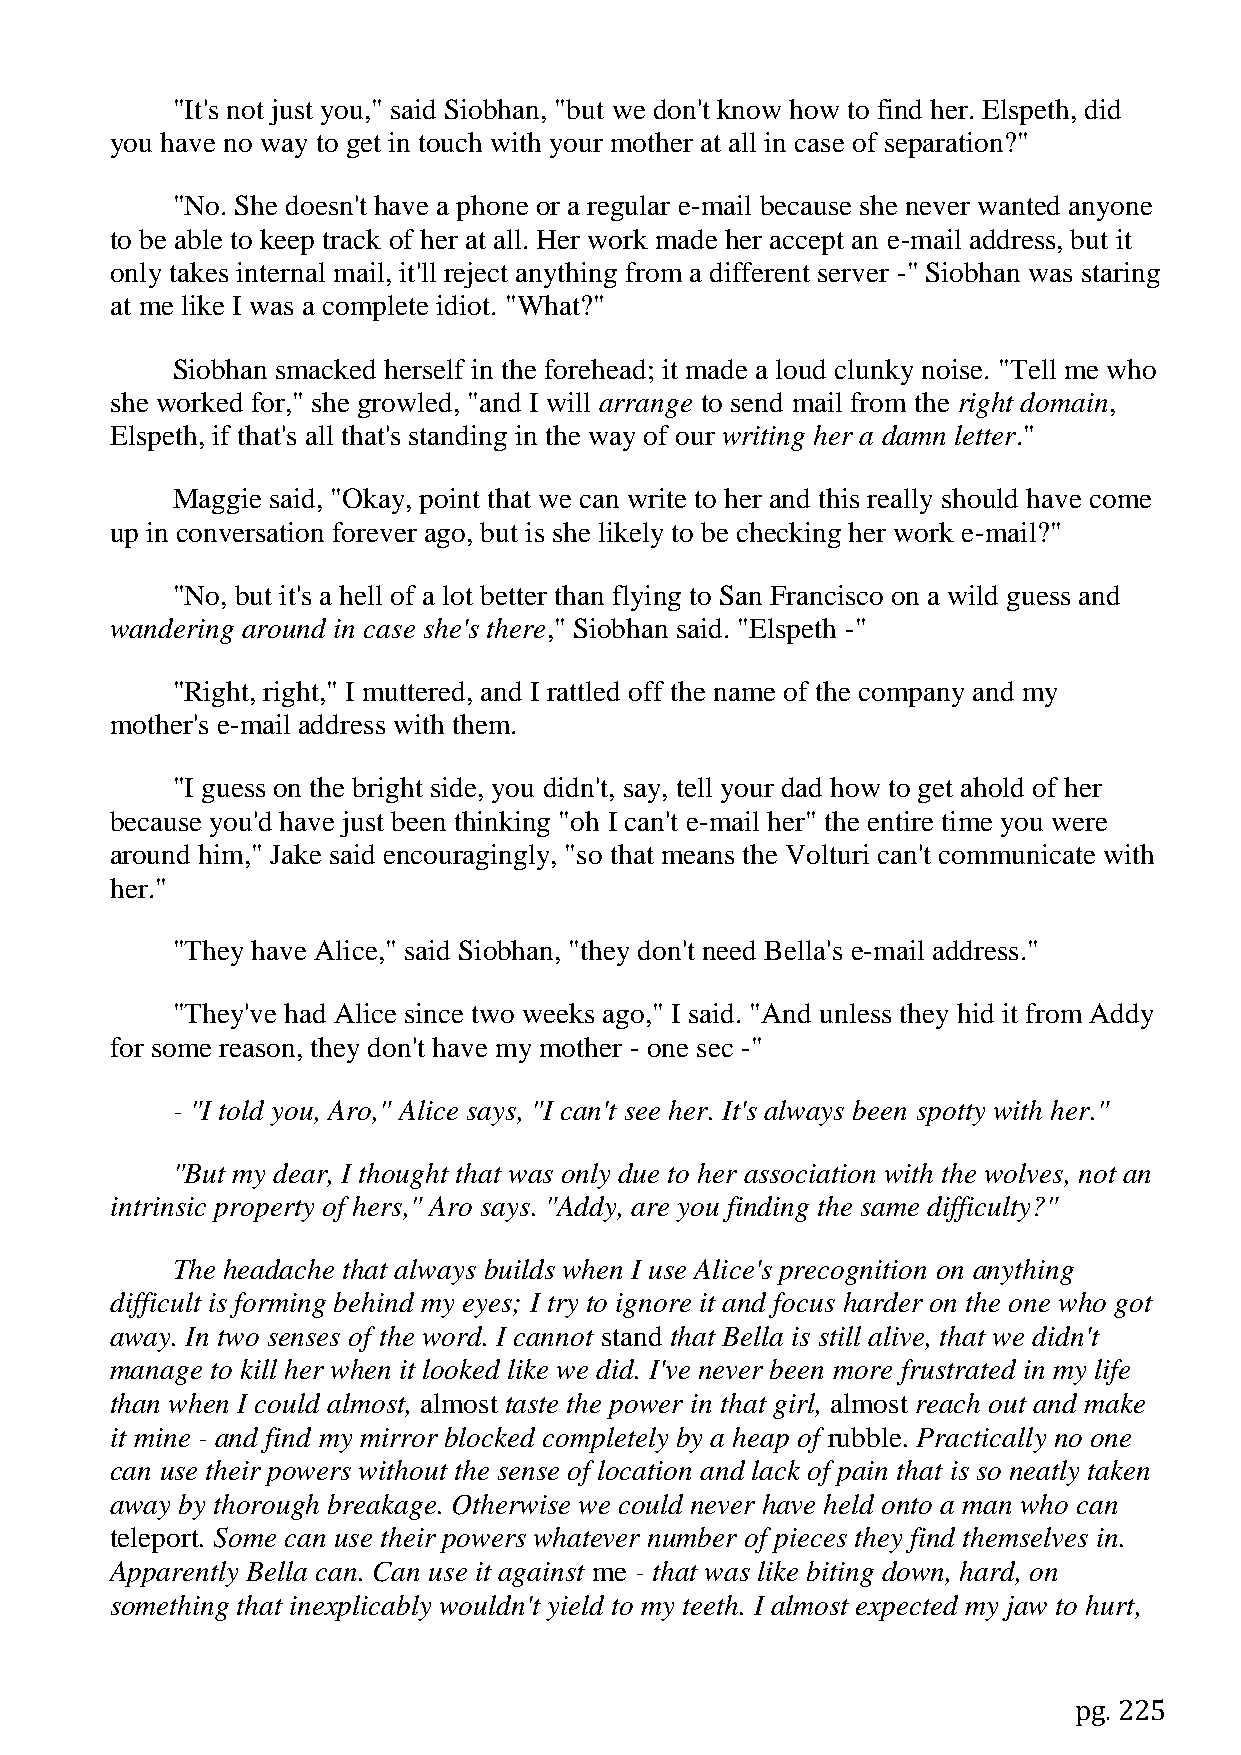
"It's not just you," said Siobhan, "but we don't know how to find her. Elspeth, did
 you have no way to get in touch with your mother at all in case of separation?"
 "No. She doesn't have a phone or a regular e-mail because she never wanted anyone
 to be able to keep track of her at all. Her work made her accept an e-mail address, but it
 only takes internal mail, it'll reject anything from a different server -" Siobhan was staring
 at me like I was a complete idiot. "What?"
 Siobhan smacked herself in the forehead; it made a loud clunky noise. "Tell me who
 she worked for," she growled, "and I will arrange to send mail from the right domain,
 Elspeth, if that's all that's standing in the way of our writing her a damn letter."
 Maggie said, "Okay, point that we can write to her and this really should have come
 up in conversation forever ago, but is she likely to be checking her work e-mail?"
 "No, but it's a hell of a lot better than flying to San Francisco on a wild guess and
 wandering around in case she's there," Siobhan said. "Elspeth -"
 "Right, right," I muttered, and I rattled off the name of the company and my
 mother's e-mail address with them.
 "I guess on the bright side, you didn't, say, tell your dad how to get ahold of her
 because you'd have just been thinking "oh I can't e-mail her" the entire time you were
 around him," Jake said encouragingly, "so that means the Volturi can't communicate with
 her."
 "They have Alice," said Siobhan, "they don't need Bella's e-mail address."
 "They've had Alice since two weeks ago," I said. "And unless they hid it from Addy
 for some reason, they don't have my mother - one sec -"
 - "I told you, Aro," Alice says, "I can't see her. It's always been spotty with her."
 "But my dear, I thought that was only due to her association with the wolves, not an
 intrinsic property of hers," Aro says. "Addy, are you finding the same difficulty?"
 The headache that always builds when I use Alice's precognition on anything
 difficult is forming behind my eyes; I try to ignore it and focus harder on the one who got
 away. In two senses of the word. I cannot stand that Bella is still alive, that we didn't
 manage to kill her when it looked like we did. I've never been more frustrated in my life
 than when I could almost, almost taste the power in that girl, almost reach out and make
 it mine - and find my mirror blocked completely by a heap of rubble. Practically no one
 can use their powers without the sense of location and lack of pain that is so neatly taken
 away by thorough breakage. Otherwise we could never have held onto a man who can
 teleport. Some can use their powers whatever number of pieces they find themselves in.
 Apparently Bella can. Can use it against me - that was like biting down, hard, on
 something that inexplicably wouldn't yield to my teeth. I almost expected my jaw to hurt,
 pg. 225